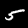
Digit: 5